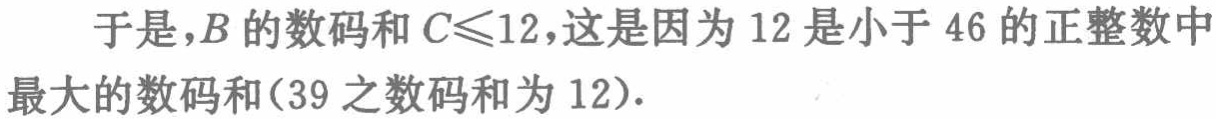
于是，$B$的数码和$C\leqslant12$，这是因为$12$是小于$46$的正整数中最大的数码和（$39$之数码和为$12$）.